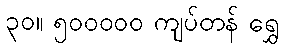
၃၀။ ၅၀၀၀၀၀ ကျပ်တန် ရွှေ